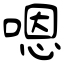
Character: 嗯